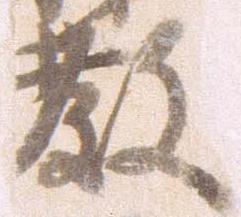
教